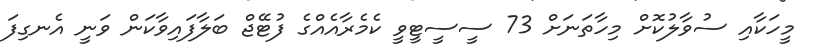
މީހަކާއި ސުވާލުކޮށް މިހާތަނަށް 73 ސީސީޓީވީ ކެމެރާއެއްގެ ފުޓޭޖް ބަލާފައިވާކަން ވަނީ އެނގިފަ